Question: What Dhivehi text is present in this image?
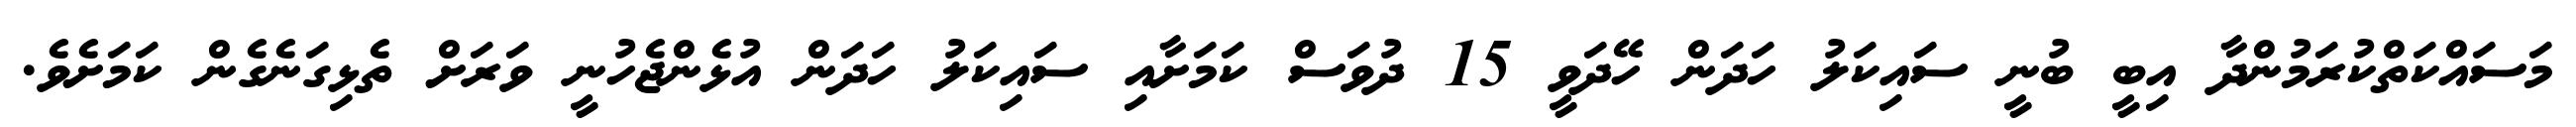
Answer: މަސައްކަތްކުރަމުންދާ އިބީ ބުނީ ސައިކަލު ހަދަން ހޭދަވީ 15 ދުވަސް ކަމަށާއި ސައިކަލު ހަދަން އުޅެންޖެހުނީ ވަރަށް ތެޅިގަނެގެން ކަމަށެވެ.